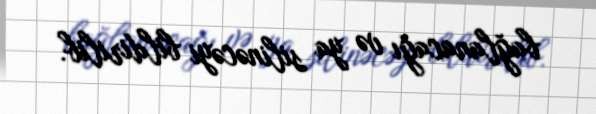
bağlanacağı və ya silinəcəyi bildirilib.